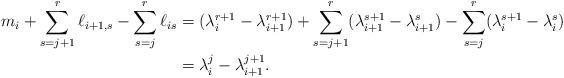
LaTeX: \begin{align*}m_i + \sum_{s=j+1}^r \ell_{i+1,s} - \sum_{s=j}^r \ell_{is} &=(\lambda_i^{r+1}-\lambda_{i+1}^{r+1}) + \sum_{s=j+1}^r (\lambda_{i+1}^{s+1} - \lambda_{i+1}^s) -\sum_{s=j}^r (\lambda_{i}^{s+1} - \lambda_{i}^s)\\ &= \lambda_i^{j} - \lambda_{i+1}^{j+1}. \end{align*}